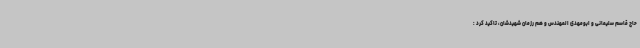
حاج قاسم سلیمانی و ابومهدی المهندس و هم رزمان شهیدشان، تاکید کرد :